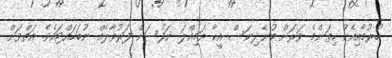
ހުރުމާއިއެކު ކިތަންމެ ވަރަށް ބުނެދިނަސް އީކާ އަމިއްލަ ނަފުސަށް ފަރުވާލެއް ނުބަހައްޓައެވެ. އަތްވަށް